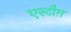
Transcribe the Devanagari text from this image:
एस्टौग़